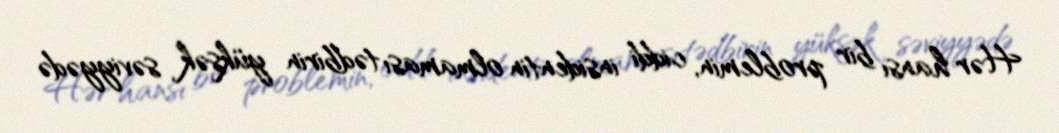
Hər hansı bir problemin, ciddi insidentin olmaması tədbirin yüksək səviyyədə